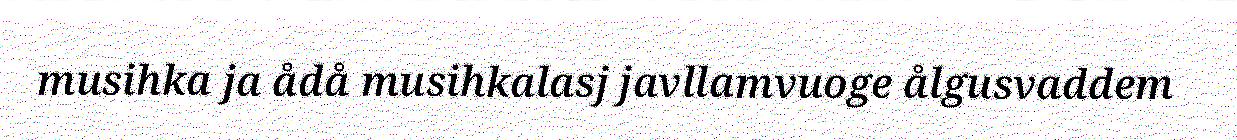
musihka ja ådå musihkalasj javllamvuoge ålgusvaddem